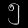
Digit: ၅